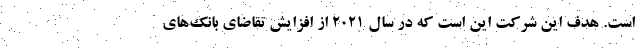
است. هدف این شرکت این است که در سال ۲۰۲۱ از افزایش تقاضای بانک‌های